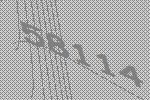
58114